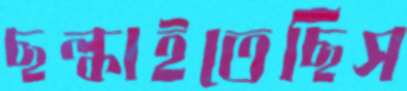
ছল্‌কাইতেছিস